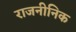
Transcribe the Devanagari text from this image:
राजनीनिक